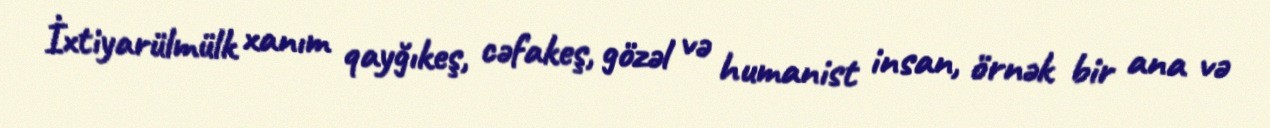
İxtiyarülmülk xanım qayğıkeş, cəfakeş, gözəl və humanist insan, örnək bir ana və